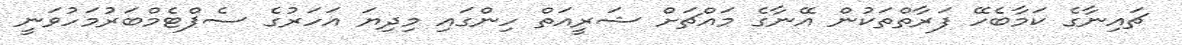
ޗައިނާގެ ކަމާބެހޭ ފަރާތްތަކުން އޭނާގެ މައްޗަށް ޝަރީއަތް ހިންގައި މިދިޔަ އަހަރުގެ ސެޕްޓެމްބަރުމަހުވަނީ